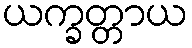
ယက္ခတ္တာယ